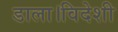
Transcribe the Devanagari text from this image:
डाला।विदेशी